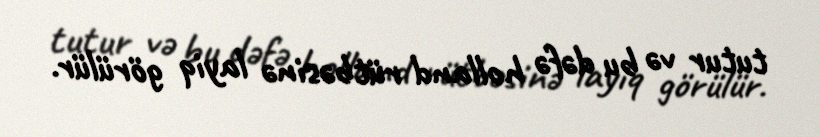
tutur və bu dəfə holland rütbəsinə layiq görülür.